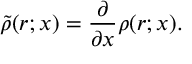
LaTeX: \tilde { \rho } ( r ; x ) = \frac { \partial } { \partial x } \rho ( r ; x ) .